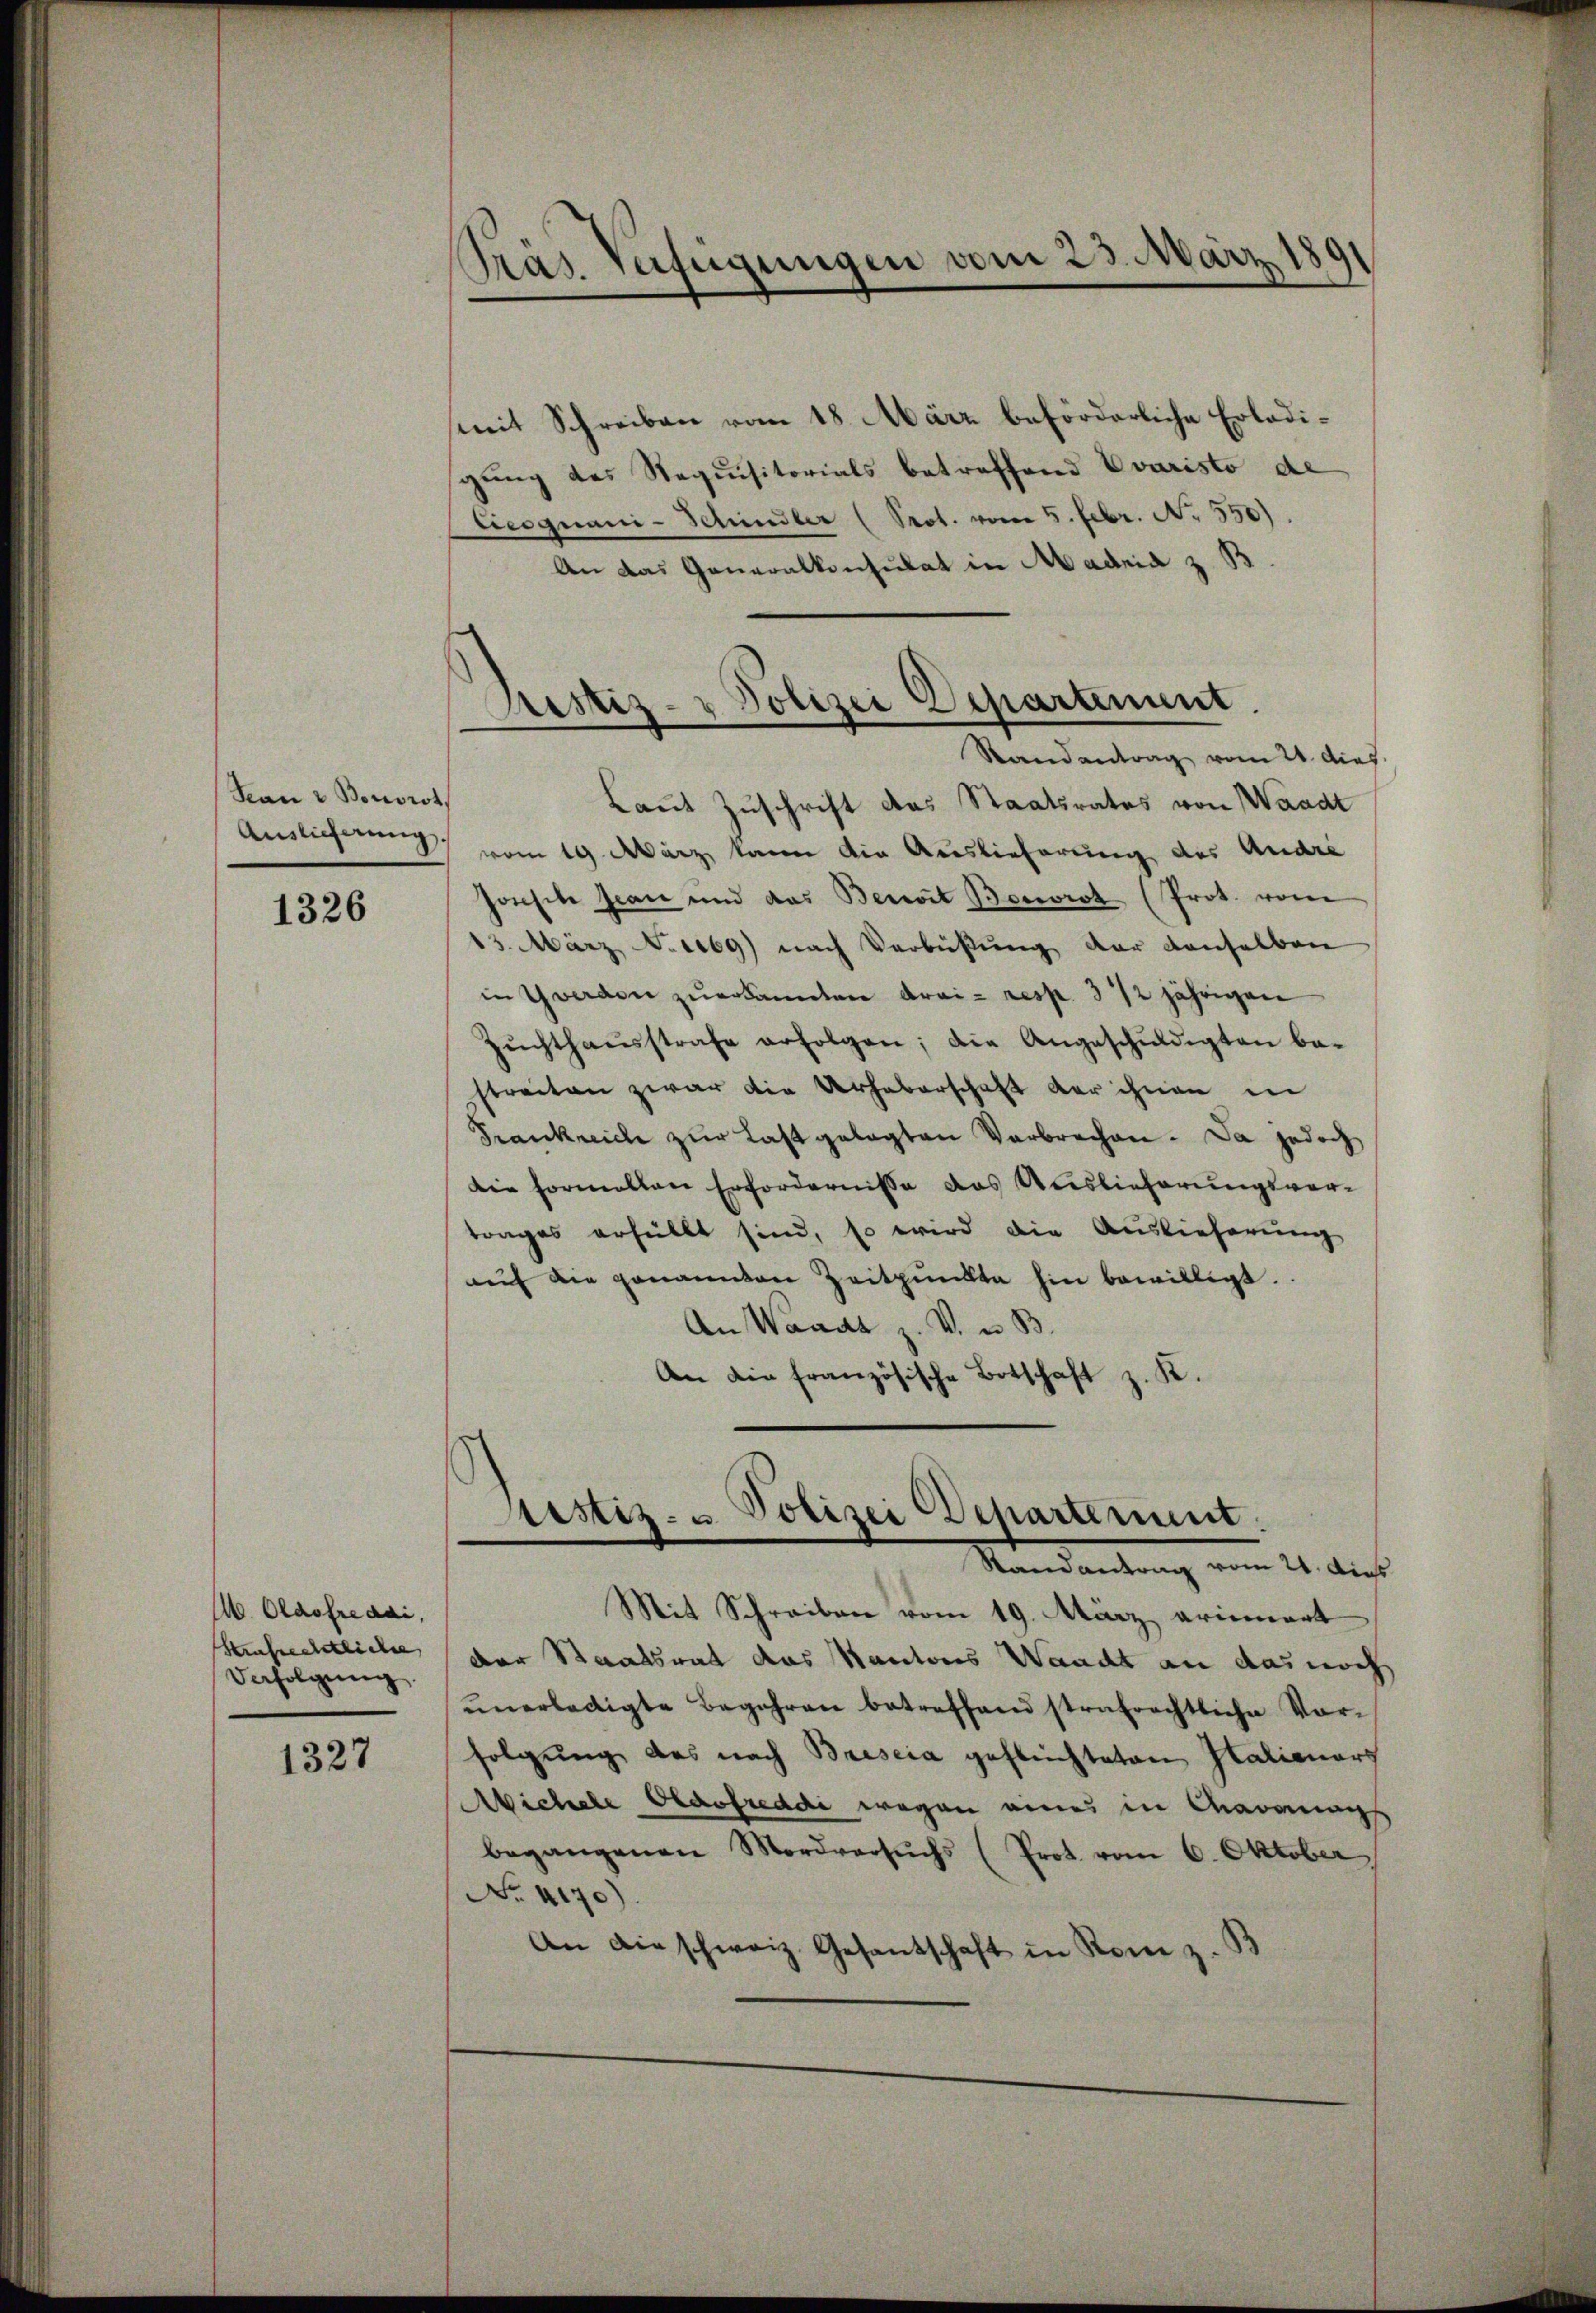
San & Bonorot
Auslicherung

1326

M. Olasfre dai,
Strafrechtliche
Verfolgŭng.

1327

pras. Verfügungen vom 23. März 1891

mit Schreiben vom 18. März beförderliche Erledigung des Requisitorials betreffend Evaristo de
Cicognani-Schindler (Prot. vom 5. Febr. N. 550).
An das Generalkonsulat in Madria z. B
Laut Zuschrift des Staatsrates von Waadt
vom 19. März, kann die Auslieferung des Andre
honste Jean und das Bereit Berrot (Prot. vom
13. März Niebg) nach Verbüßung der denselben
in Yverden zŭerkannten drai- resp. 312 jährigen
Zŭchthaŭsstrafe erfolgen; die Angeschŭldigten be-
streiten zwar die Urheberschaft der ihnen in
Frankreich zŭr Last gelegten Verbrechen. Da jedoch
Die Formellen Erfordernisse das Auslieferungsvertrages erfüllt sind, so wird die Auslieferung
aŭf die genannten Zeitpunkte hin bewilligt.
An Waadt z. V. u. B.
An die französische Botschaft z. K.

Justiz- & Polizei Departement.
Randantrag vom 21. dies

Justiz- u. Polizei Departement.
Mandantung vom 24. dies

Mit Schreiben vom 19. März erinnert
der Staatsrat das Kantons Waacht an das noch
ŭnerledigte Begehren betreffend strafrechtliche Vor-
folgung das nach Brescia geflechteten Italienars
Abichele Prasfreddi wegen eines in Cavanag
begangenen Mordversuchs (Prot. vom 6. Oktober
No. 4170)
An die schweiz. Gesantschaft in Rom z. B